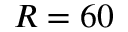
R = 6 0